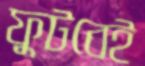
ফুটবেই